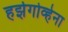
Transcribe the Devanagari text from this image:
हर्झगोव्हेना